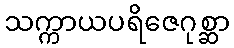
သက္ကာယပရိဇေဂုစ္ဆာ